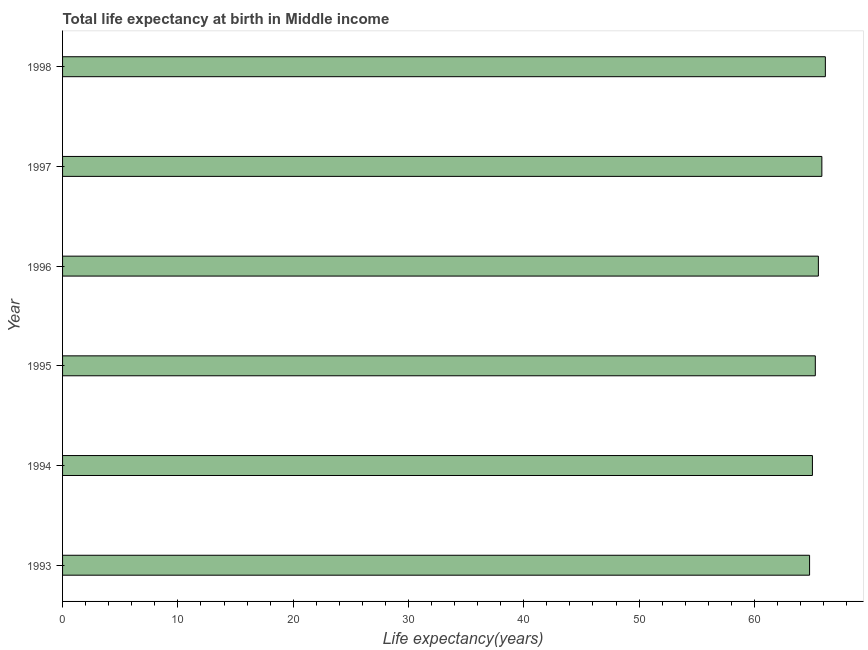
| Year | Life expectancy at birth |
 | --- | --- |
 | 1993 | 64.8 |
 | 1994 | 65 |
 | 1995 | 65.3 |
 | 1996 | 65.5 |
 | 1997 | 65.8 |
 | 1998 | 66.2 |